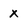
Character: x